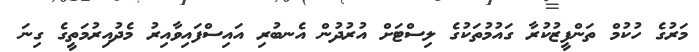
މަރުގެ ހުކުމް ތަންފީޒުކުރާ ގައުމުތަކުގެ ލިސްޓަށް އުރުދުން އެނބުރި އައިސްފައިވާއިރު މެދުއިރުމަތީގެ ގިނަ